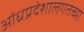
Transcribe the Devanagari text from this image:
आंध्रप्रदेशालगतच्या